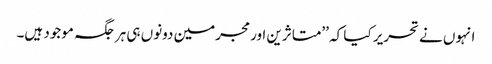
انہوں نے تحریر کیا کہ ’’متاثرین اور مجرمین دونوں ہی ہرجگہ موجود ہیں۔